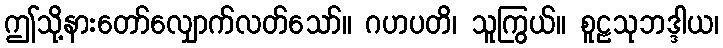
ဤသို့နားတော်လျှောက်လတ်သော်။ ဂဟပတိ၊ သူကြွယ်။ စူဠသုဘဒ္ဒါယ၊